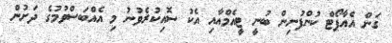
ގަން އެއާޕޯޓް ކުންފުނިން ބުނީ ޓީއެމްއާއި އެކު ސޮއިކުރެވުނު މި އެއްބަސްވުމުގެ ދަށުން